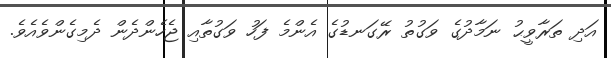
އަދި ތަރާވީޙު ނަމާދުގެ ވަގުތު ރޭގަނޑުގެ އެންމެ ފަހު ވަގުތާއި ޖެހެންދެން ދެމިގެންވެއެވެ.